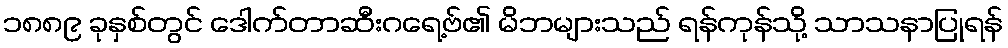
၁၈၈၉ ခုနှစ်တွင် ဒေါက်တာဆီးဂရေ့ဗ်၏ မိဘများသည် ရန်ကုန်သို့ သာသနာပြုရန်